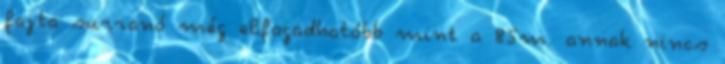
fajta surranó még elfogadhatóbb mint a 85m. annak nincs